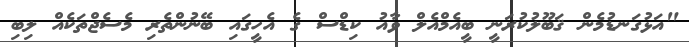
"އަޅުގަނޑުމެން ޤަބޫލުކުރަނީ ބީއެމްއެލް ވާއު ކިޑްސް ގެ އެހީގައި ބޭނުންތެރި މެސެޖްތަކެއް ލިބި